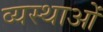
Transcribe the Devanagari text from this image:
व्यस्थाओं